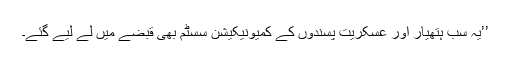
’’یہ سب ہتھیار اور عسکریت پسندوں کے کمیونیکیشن سسٹم بھی قبضے میں لے لیے گئے۔